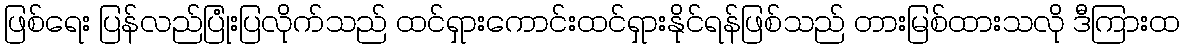
ဖြစ်ရေး ပြန်လည်ပြုံးပြလိုက်သည် ထင်ရှားကောင်းထင်ရှားနိုင်ရန်ဖြစ်သည် တားမြစ်ထားသလို ဒီကြားထ